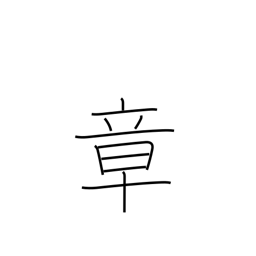
Meaning: chapter